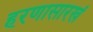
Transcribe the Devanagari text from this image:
हरणासारखं